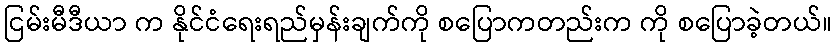
ငြမ်းမီဒီယာ က နိုင်ငံရေးရည်မှန်းချက်ကို စပြောကတည်းက ကို စပြောခဲ့တယ်။